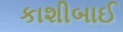
કાશીબાઈ